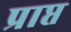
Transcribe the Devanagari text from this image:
प्राप्त